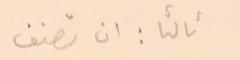
ثالثا : ان تصنف